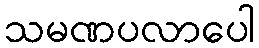
သမဏပလာပေါ